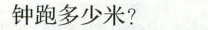
钟跑多少米?